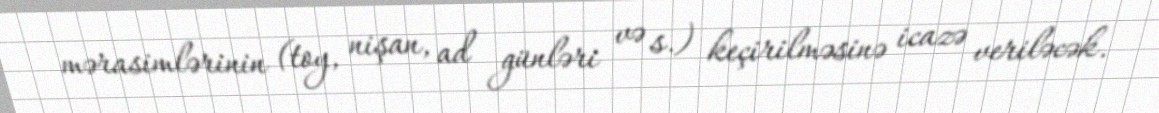
mərasimlərinin (toy, nişan, ad günləri və s.) keçirilməsinə icazə veriləcək.